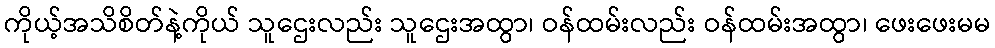
ကိုယ့်အသိစိတ်နဲ့ကိုယ် သူဌေးလည်း သူဌေးအထွာ၊ ဝန်ထမ်းလည်း ဝန်ထမ်းအထွာ၊ ဖေးဖေးမမ